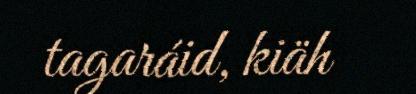
tagaráid, kiäh